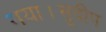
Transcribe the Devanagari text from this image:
गया।सुदीप